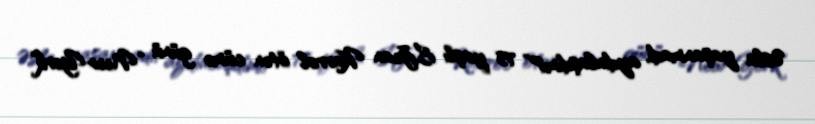
Əsla yaşanmadı, aydınlaşdımı?” 75 yaşlı E.Jean Karrol ötən cümə günü “New-York”